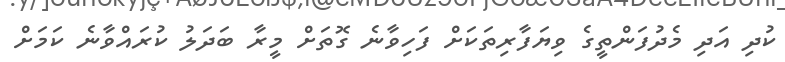
ކުދި އަދި މެދުފަންތީގެ ވިޔަފާރިތަކަށް ފަހިވާނެ ގޮތަށް މީރާ ބަދަލު ކުރައްވާނެ ކަމަށް